Scientific memoirs by medical officers of the Army of India - Part VII,
Year: 1892
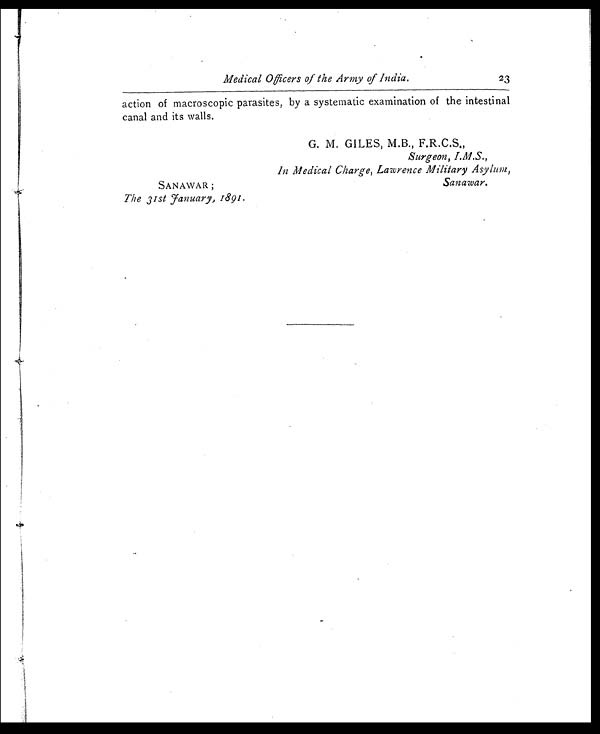
Medical Officers of the Army of India.
23
action of macroscopic parasites, by a systematic examination of the intestinal
canal and its walls.
SANAWAR ;
The 31st January, 1891.
G. M. GILES, M.B., F.R.C.S.,
Surgeon, I.M.S.,
In Medical Charge, Lawrence Military Asylum,
Sanawar.